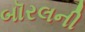
બૉરલની